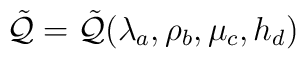
\tilde{{\cal Q}}=\tilde{{\cal Q}}(\lambda_a, \rho_b, \mu_c, h_d)